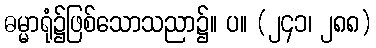
ဓမ္မာရုံ၌ဖြစ်သောသညာ၌။ ပ။ (၂၄၁၊ ၂၈၈)